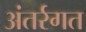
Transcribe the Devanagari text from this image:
अंतर्रगत